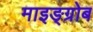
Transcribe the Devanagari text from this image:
माइङ्ग्रोब